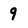
Character: 9